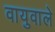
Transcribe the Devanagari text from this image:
वायुवाले